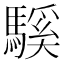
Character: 騱